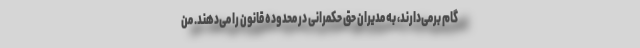
گام برمی‌دارند، به مدیران حق حکمرانی در محدوده قانون را می‌دهند. من